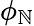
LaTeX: \phi_{\mathbb{N}}